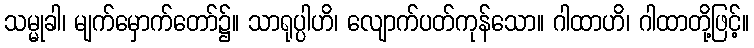
သမ္မုခါ၊ မျက်မှောက်တော်၌။ သာရုပ္ပါဟိ၊ လျောက်ပတ်ကုန်သော။ ဂါထာဟိ၊ ဂါထာတို့ဖြင့်။